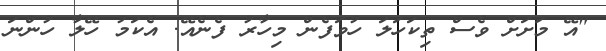
"އޭ މަށަށް ވެސް ތިކަހަލަ ހުވަފެން މިހާރު ފެނެއޭ. އެކަމު ހޭލާ ހުންނަ